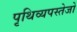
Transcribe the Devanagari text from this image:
पृथिव्यपस्तेजो